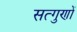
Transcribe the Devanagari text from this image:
सत्गुणों